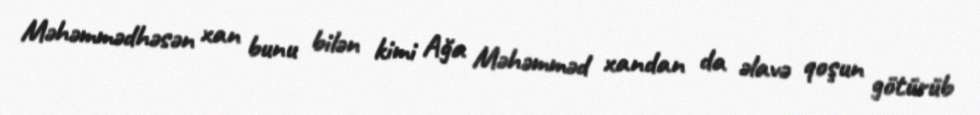
Məhəmmədhəsən xan bunu bilən kimi Ağa Məhəmməd xandan da əlavə qoşun götürüb